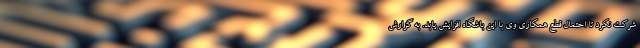
شرکت نکرد تا احتمال قطع همکاری وی با این باشگاه افزایش یابد. به گزارش